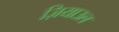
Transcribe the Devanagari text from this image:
ज़ियाउल